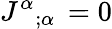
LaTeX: J^{\alpha}{}_{;\alpha}\, =0